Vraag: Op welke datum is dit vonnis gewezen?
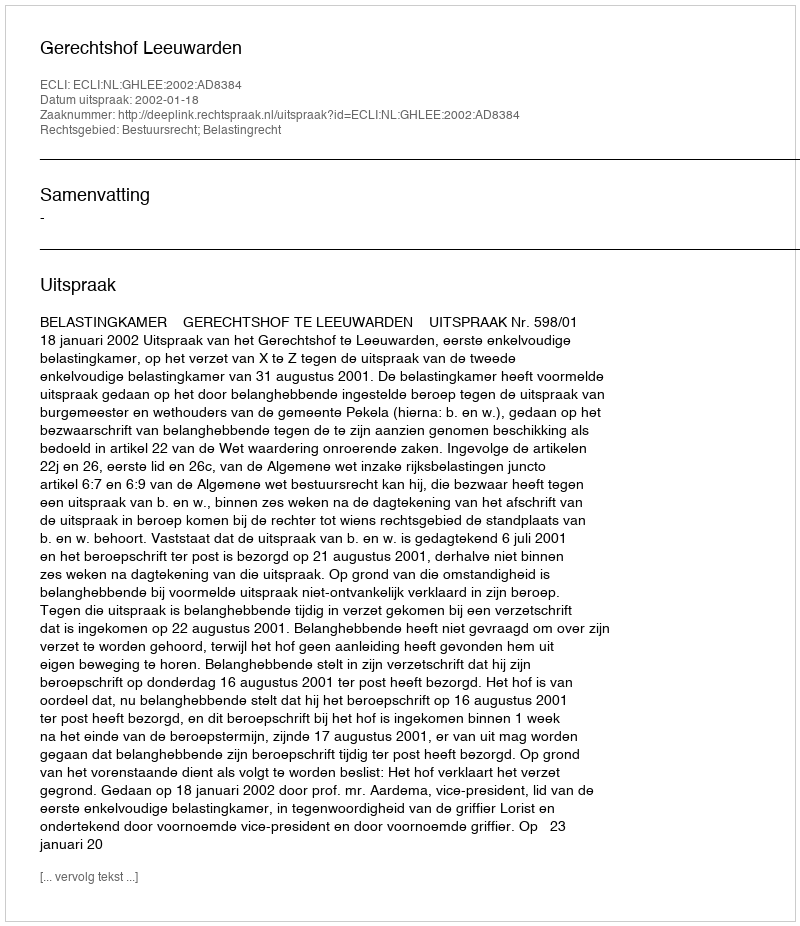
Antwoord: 2002-01-18